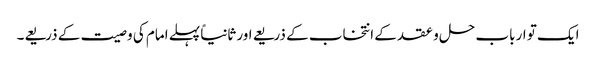
ایک تو ارباب حل و عقد کے انتخاب کے ذریعے اور ثانیاً پہلے امام کی وصیت کے ذریعے۔